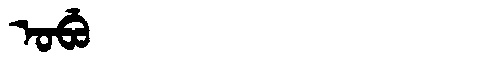
Manchu: ᠣᠪᡠ
Romanization: OBU